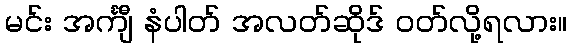
မင်း အင်္ကျီ နံပါတ် အလတ်ဆိုဒ် ဝတ်လို့ရလား။